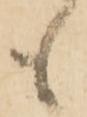
も